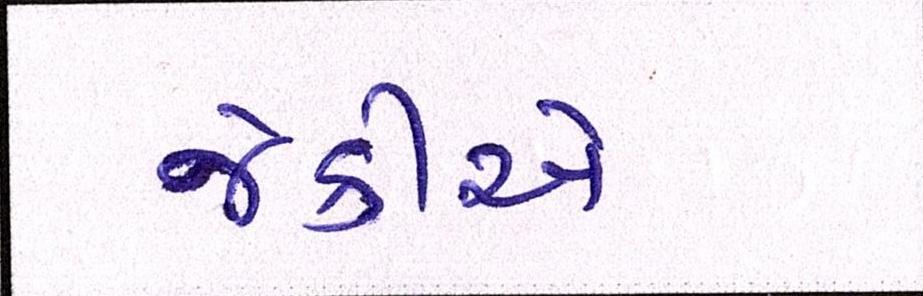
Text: જેકીએ